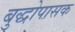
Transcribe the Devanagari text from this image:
बुद्धोपासक